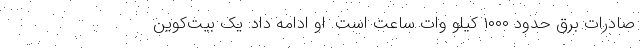
صادرات برق حدود ۱۰۰۰ کیلو وات ساعت است. او ادامه داد: یک بیت‌کوین